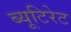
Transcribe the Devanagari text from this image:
ब्यूटिरेट